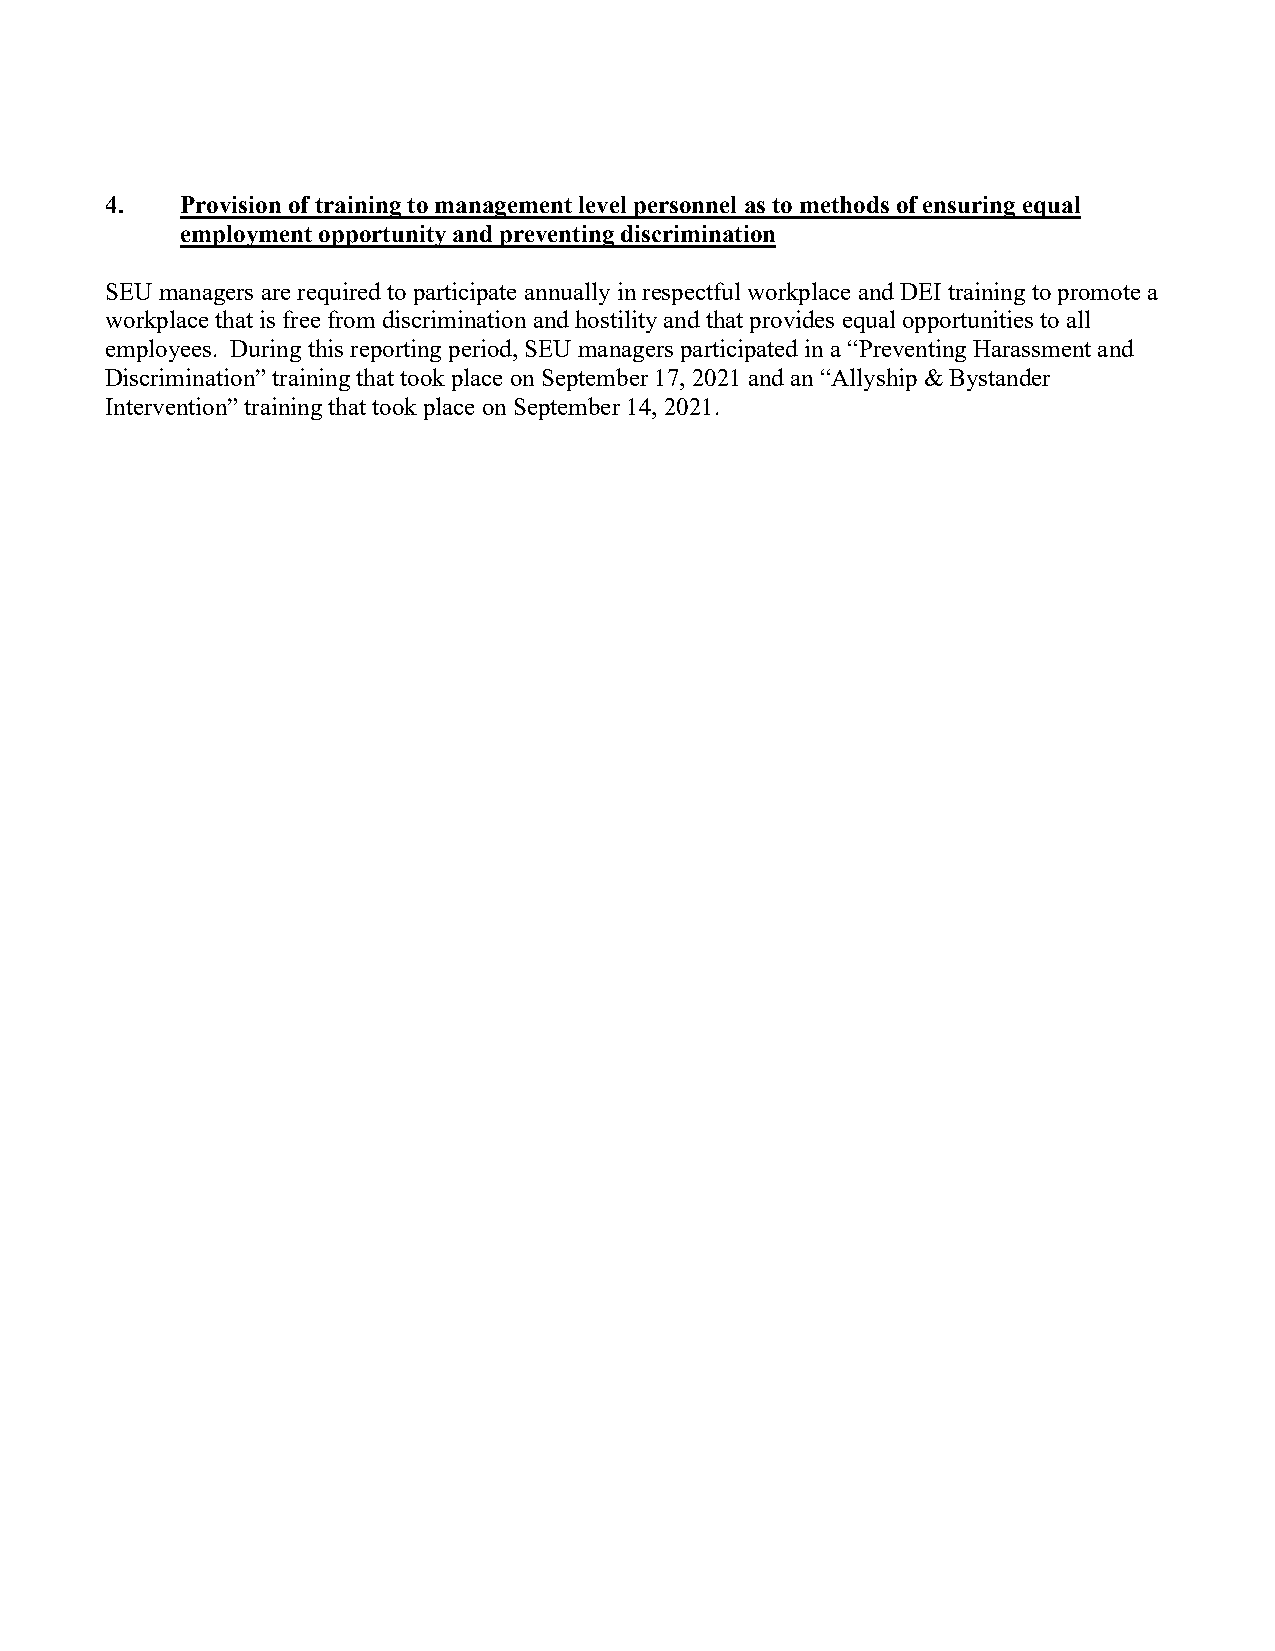
4.   Provision of training to management level personnel as to methods of ensuring equal
 employment opportunity and preventing discrimination
 SEU managers are required to participate annually in respectful workplace and DEI training to promote a
 workplace that is free from discrimination and hostility and that provides equal opportunities to all
 employees. During this reporting period, SEU managers participated in a “Preventing Harassment and
 Discrimination” training that took place on September 17, 2021 and an “Allyship & Bystander
 Intervention” training that took place on September 14, 2021.